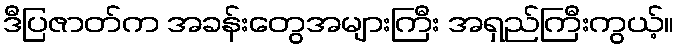
ဒီပြဇာတ်က အခန်းတွေအများကြီး အရှည်ကြီးကွယ့်။